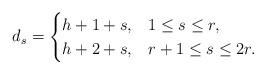
LaTeX: \begin{align*}d_s = \begin{cases} h+1+s, & 1 \leq s \leq r, \\h + 2+s, & r+1 \leq s \leq 2r. \end{cases}\end{align*}